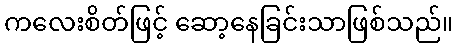
ကလေးစိတ်ဖြင့် ဆော့နေခြင်းသာဖြစ်သည်။